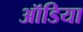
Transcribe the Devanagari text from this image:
ऑडिया